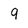
Character: 9